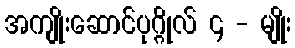
အကျိုးဆောင်ပုဂ္ဂိုလ် ၄ - မျိုး